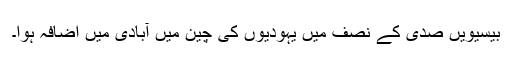
بیسیویں صدی کے نصف میں یہودیوں‌ کی چین میں آبادی میں اضافہ ہوا۔